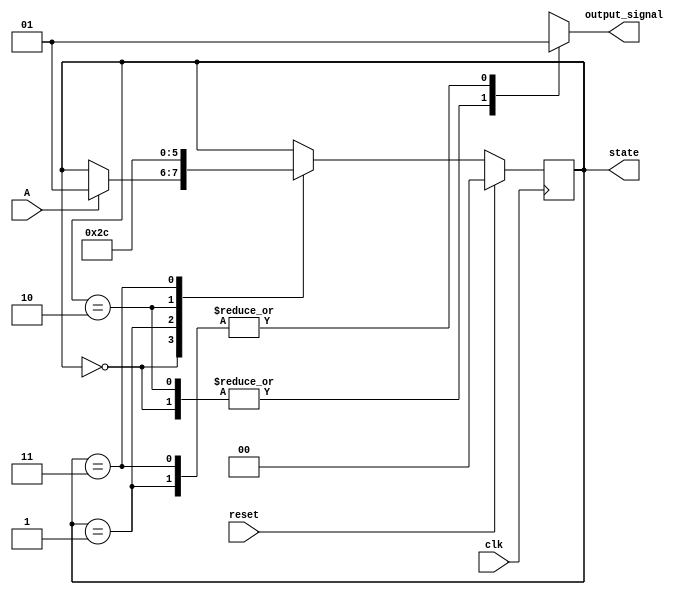
module moore_fsm (
    input wire clk,            // Clock input
    input wire reset,          // Synchronous reset input
    input wire A,              // Input signal
    output reg [1:0] state,    // Current state
    output reg output_signal    // Output signal based on the state
);

// State encoding
parameter IDLE    = 2'b00;
parameter STATE1  = 2'b01;
parameter STATE2  = 2'b10;
parameter STATE3  = 2'b11;

// State transition logic
always @(posedge clk) begin
    if (reset) begin
        state <= IDLE; // Reset to IDLE state
    end else begin
        case (state)
            IDLE: begin
                if (A) begin
                    state <= STATE1; // Transition to STATE1 if A is high
                end
            end
            
            STATE1: begin
                state <= STATE2; // Transition to STATE2
            end
            
            STATE2: begin
                state <= STATE3; // Transition to STATE3
            end
            
            STATE3: begin
                state <= IDLE; // Transition back to IDLE
            end
            
            default: state <= IDLE; // Default case
        endcase
    end
end

// Output logic based on current state
always @(*) begin
    case (state)
        IDLE: output_signal = 0;  // Output = 0 in IDLE state
        STATE1: output_signal = 1; // Output = 1 in STATE1
        STATE2: output_signal = 0; // Output = 0 in STATE2
        STATE3: output_signal = 1; // Output = 1 in STATE3
        default: output_signal = 0; // Default output
    endcase
end

endmodule